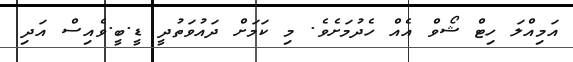
އަމިއްލަ ހިޓް ޝޯވް އެއް ހެދުމަށެވެ. މި ކަމަށް ދައުވަތުދީ ޑީ.ބީ.ވެއިސް އަދި